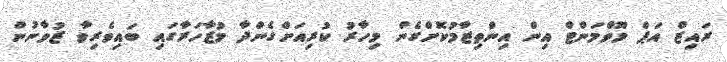
ރައިޒް އަޕް މޫވްމަންޓް އިން އިންތިޒާމުކޮށްގެން މިހާރު ކުރިއަށްގެންދާ މުޒާހަރާގައި ބައިވެރިވާ ޒުވާނުން